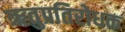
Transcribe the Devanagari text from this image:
ऋतुप्रतिरोधक